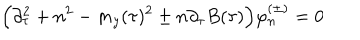
\Big ( \partial _ { \tau } ^ { 2 } + n ^ { 2 } - m _ { y } ( \tau ) ^ { 2 } \pm n \partial _ { \tau } B ( \tau ) \Big ) \varphi _ { n } ^ { ( \pm ) } = 0